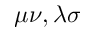
\mu \nu , \lambda \sigma